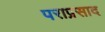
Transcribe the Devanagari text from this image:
पराप्रसाद